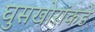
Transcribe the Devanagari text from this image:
घुसखोरांकडे